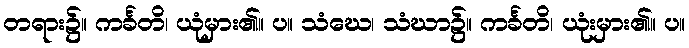
တရား၌။ ကင်္ခတိ၊ ယုံမှား၏။ ပ။ သံဃေ၊ သံဃာ၌။ ကင်္ခတိ၊ ယုံးမှား၏။ ပ။